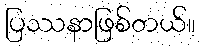
ပြဿနာဖြစ်တယ်။